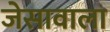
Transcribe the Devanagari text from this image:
जेसावाला